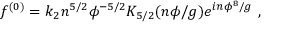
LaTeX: f ^ { ( 0 ) } = k _ { 2 } n ^ { 5 / 2 } \phi ^ { - 5 / 2 } K _ { 5 / 2 } ( n \phi / g ) e ^ { i n \phi ^ { 8 } / g } ~ ,